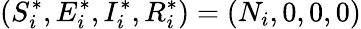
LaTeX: (S_{i}^{*},E_{i}^{*},I_{i}^{*},R_{i}^{*})=(N_{i},0,0,0)